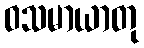
ဝသမာယာတု